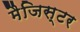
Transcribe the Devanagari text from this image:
मैजिस्टर